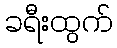
ခရီးထွက်